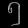
Digit: ၅